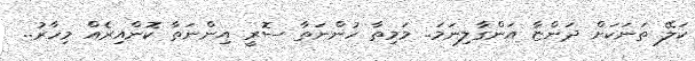
ކަލޭ ތަނަކަށް ދަންޏާ އަންގާލިނަމަ.. މަމިތާ ހުންނަތާ ސޮރީ އިންނަތާ ކޮންއިރެއް މިހާރު..